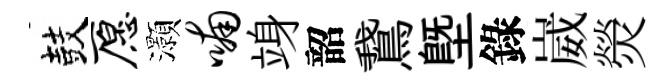
鼓愿灝喃竧韶鵞塈錄崴熒